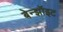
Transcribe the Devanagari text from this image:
बेन्झॉइट